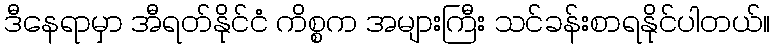
ဒီနေရာမှာ အီရတ်နိုင်ငံ ကိစ္စက အများကြီး သင်ခန်းစာရနိုင်ပါတယ်။